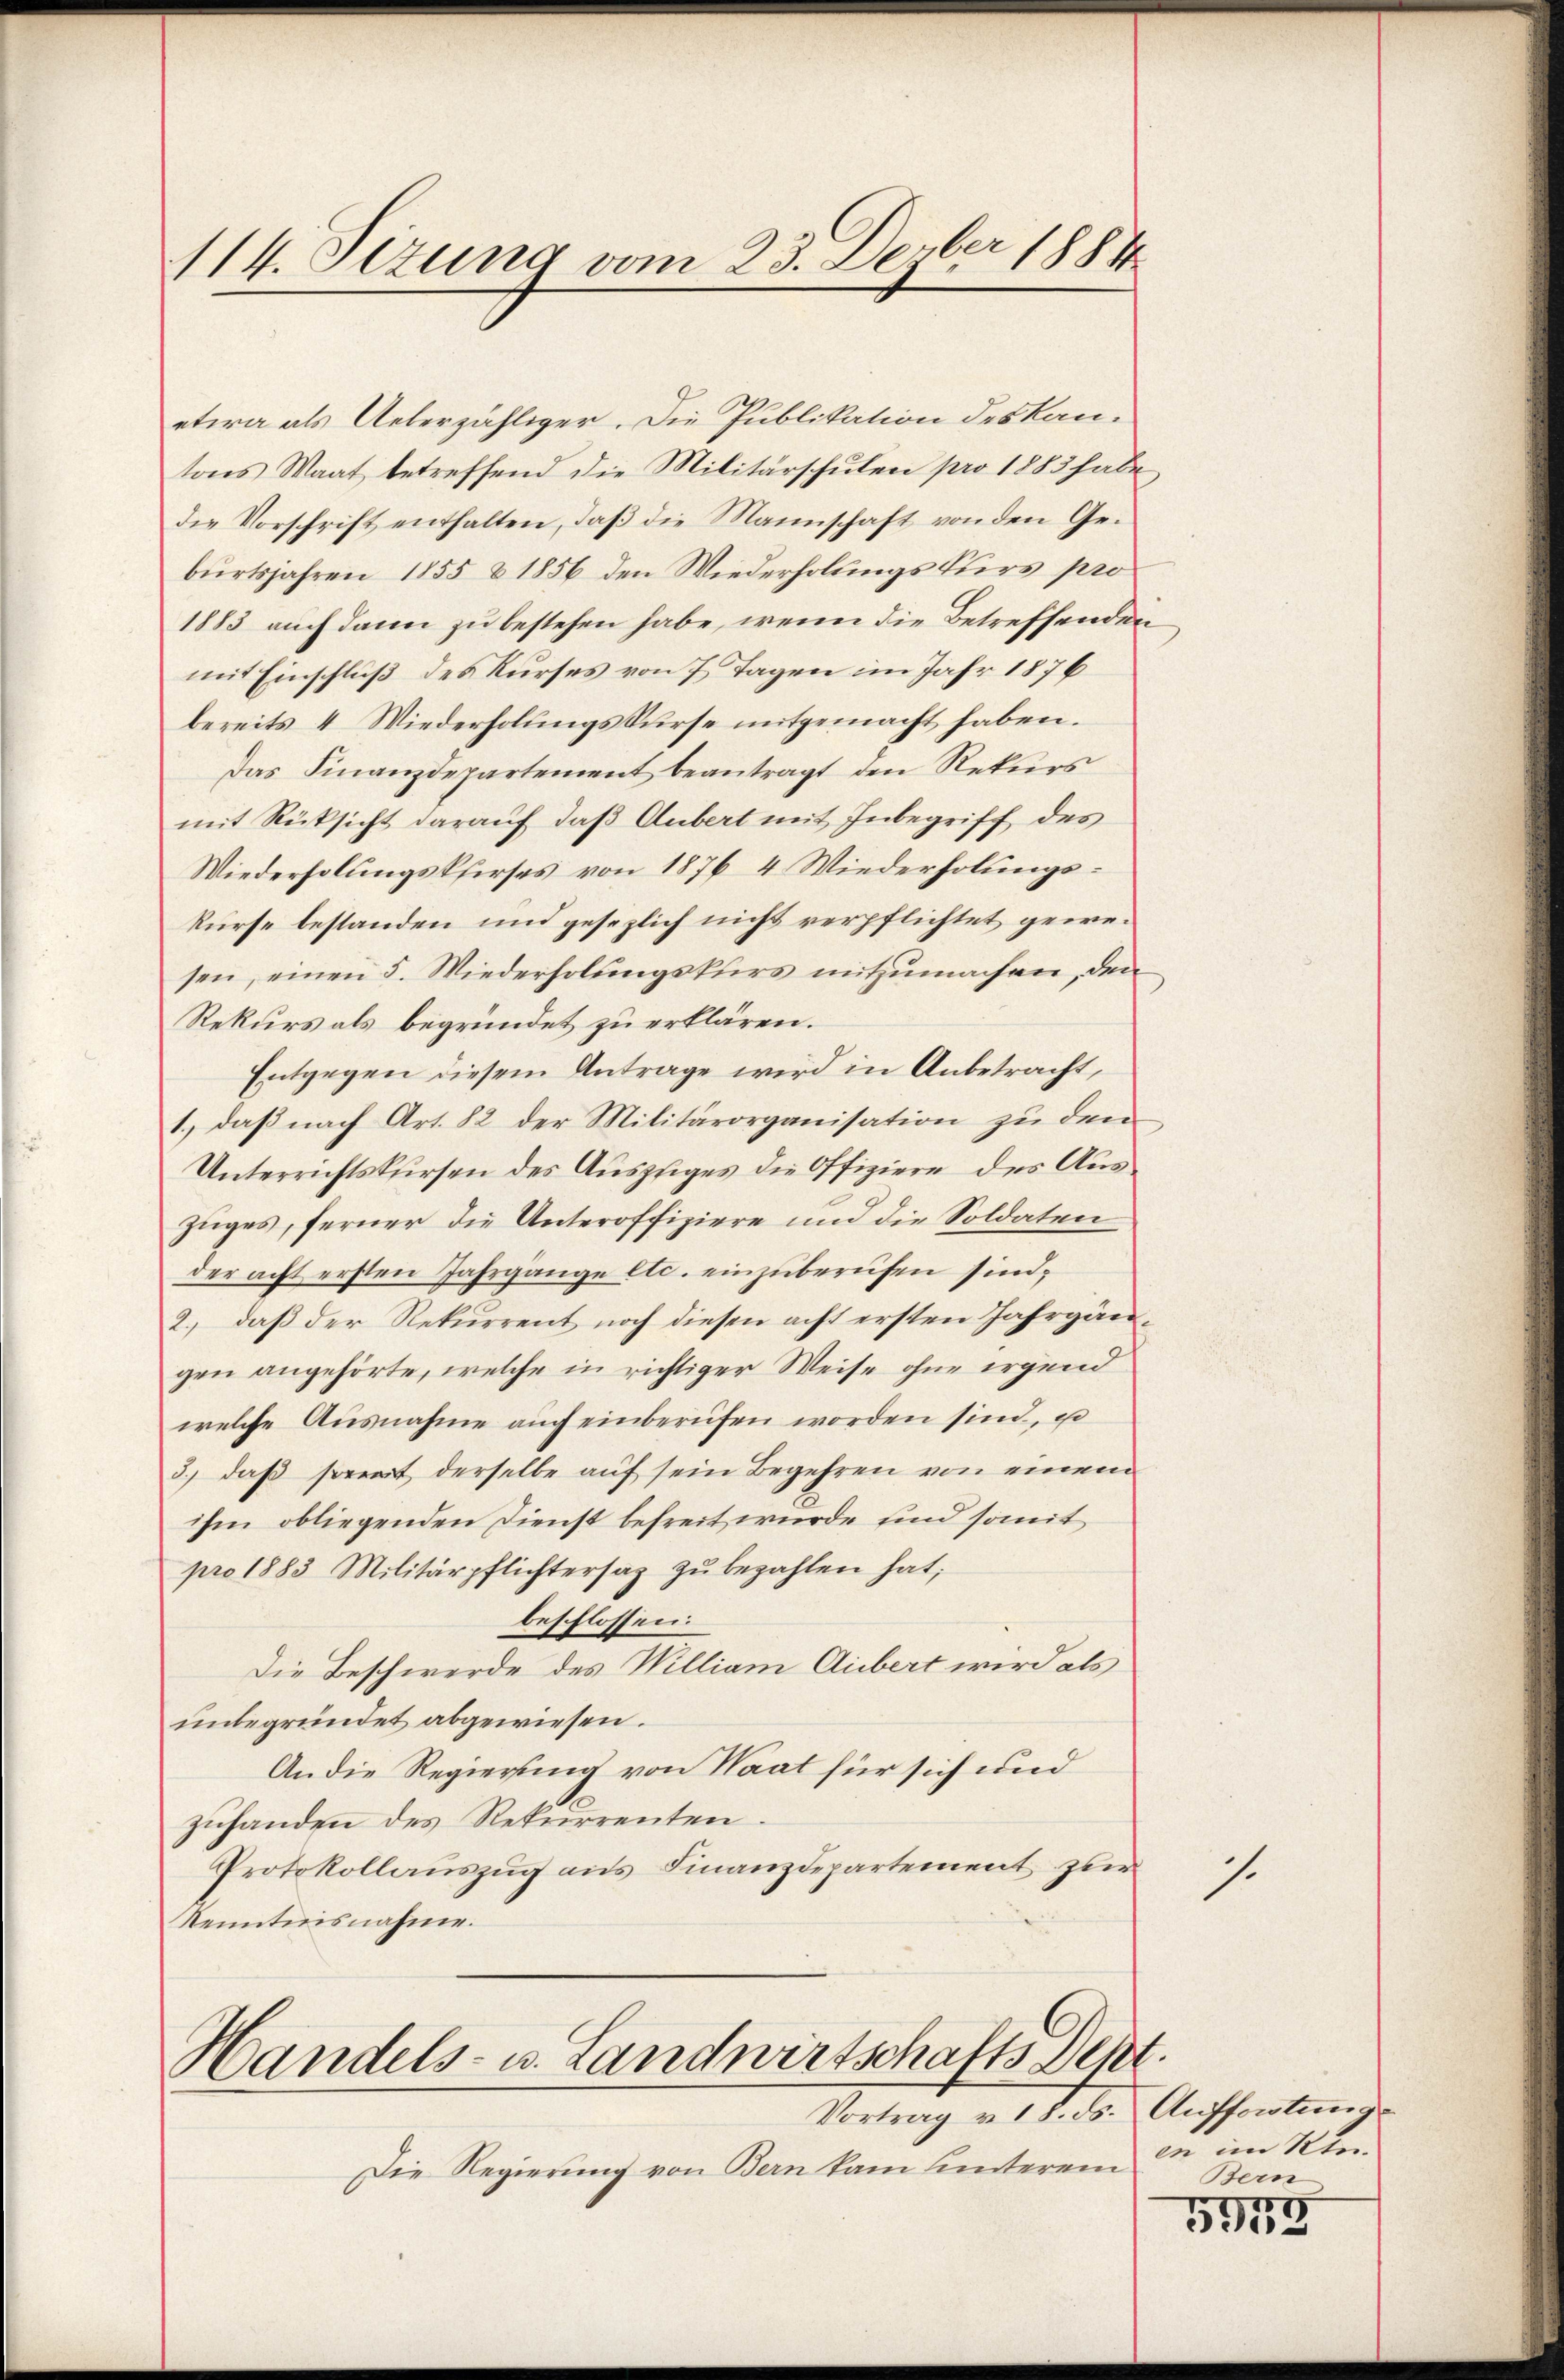
114. Sizung vom 23. Derber 1884

etwa als Ueberzähliger. Die Publikation des Kantons Waat betreffend die Militärschulen pro 1883 habe
die Vorschrift enthalten, daß die Mannschaft von den Geburtsjahren 1855 & 1856 den Wiederholungskurs pro
1883 auch dann zu bestehen habe, wenn die Betreffenden
mit Einschluß des Kurses von 7 Tagen im Jahr 1876
bereits 4 Wiederholungskurse mitgemacht haben.
Das Finanzdepartement beantragt den Rekurs
mit Rücksicht darauf, daß Anbert mit Inbegriff des
Wiederholungskfirses von 1876 4 Wiederholungskurse bestanden und gesezlich nicht verpflichtet gewesen, einen 5. Wiederholungskurs mitzumachen, den
Rekurs als begründet zu erklären.
Entgegen diesem Antrage wird in Anbetracht,
1.) daß nach Art. 82 der Militärorganisation zu den
Unterrichtskursen des Auszuges die Offiziere des Auszuges, ferner die Unteroffiziere und die Soldaten
der acht ersten Jahrgange etc. einzuberufen sind,
2., daß der Rekurrent noch diesen acht ersten Jahrgängen angehörte, welche in richtiger Weise ohne irgend
welche Ausnahme aŭch einberufen worden sind, u
3.) daß soweit derselbe auf sein Begehren von einem
ihm obliegenden Dienst befreit wurde und somit
pro 1883 Militärpflichtersaz zŭ bezahlen hat;
beschlossen:
Die Beschwerde des William Gubert wird als
unbegründet abgewiesen.
An die Regierung von Saat für sich und
zuhanden des Rekurrenten.
Protokollauszug aus Finanzdepartement zur
Kenntnisnahme.

Handels- u. Landwirtschafts Dept.
Vortrag v. 18. ds. Aufforstung

Die Regierung von Bern kam unterem

1.

en im Ktn.
Bern

5973